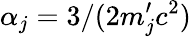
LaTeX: \alpha_{j}=3/(2m_{j}^{\prime}c^{2})